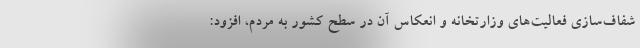
شفاف‌سازی فعالیت‌های وزارتخانه و انعکاس آن در سطح کشور به مردم، افزود: